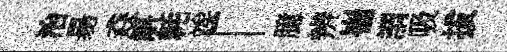
治昜猋斛耗竢「臆辨崔謂吸拔